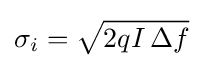
\sigma _{i}={\sqrt {2qI\,\Delta f}}